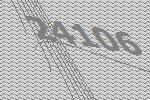
24106